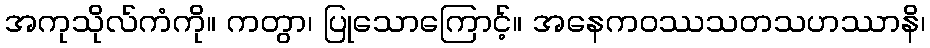
အကုသိုလ်ကံကို။ ကတွာ၊ ပြုသောကြောင့်။ အနေကဝဿသတသဟဿာနိ၊